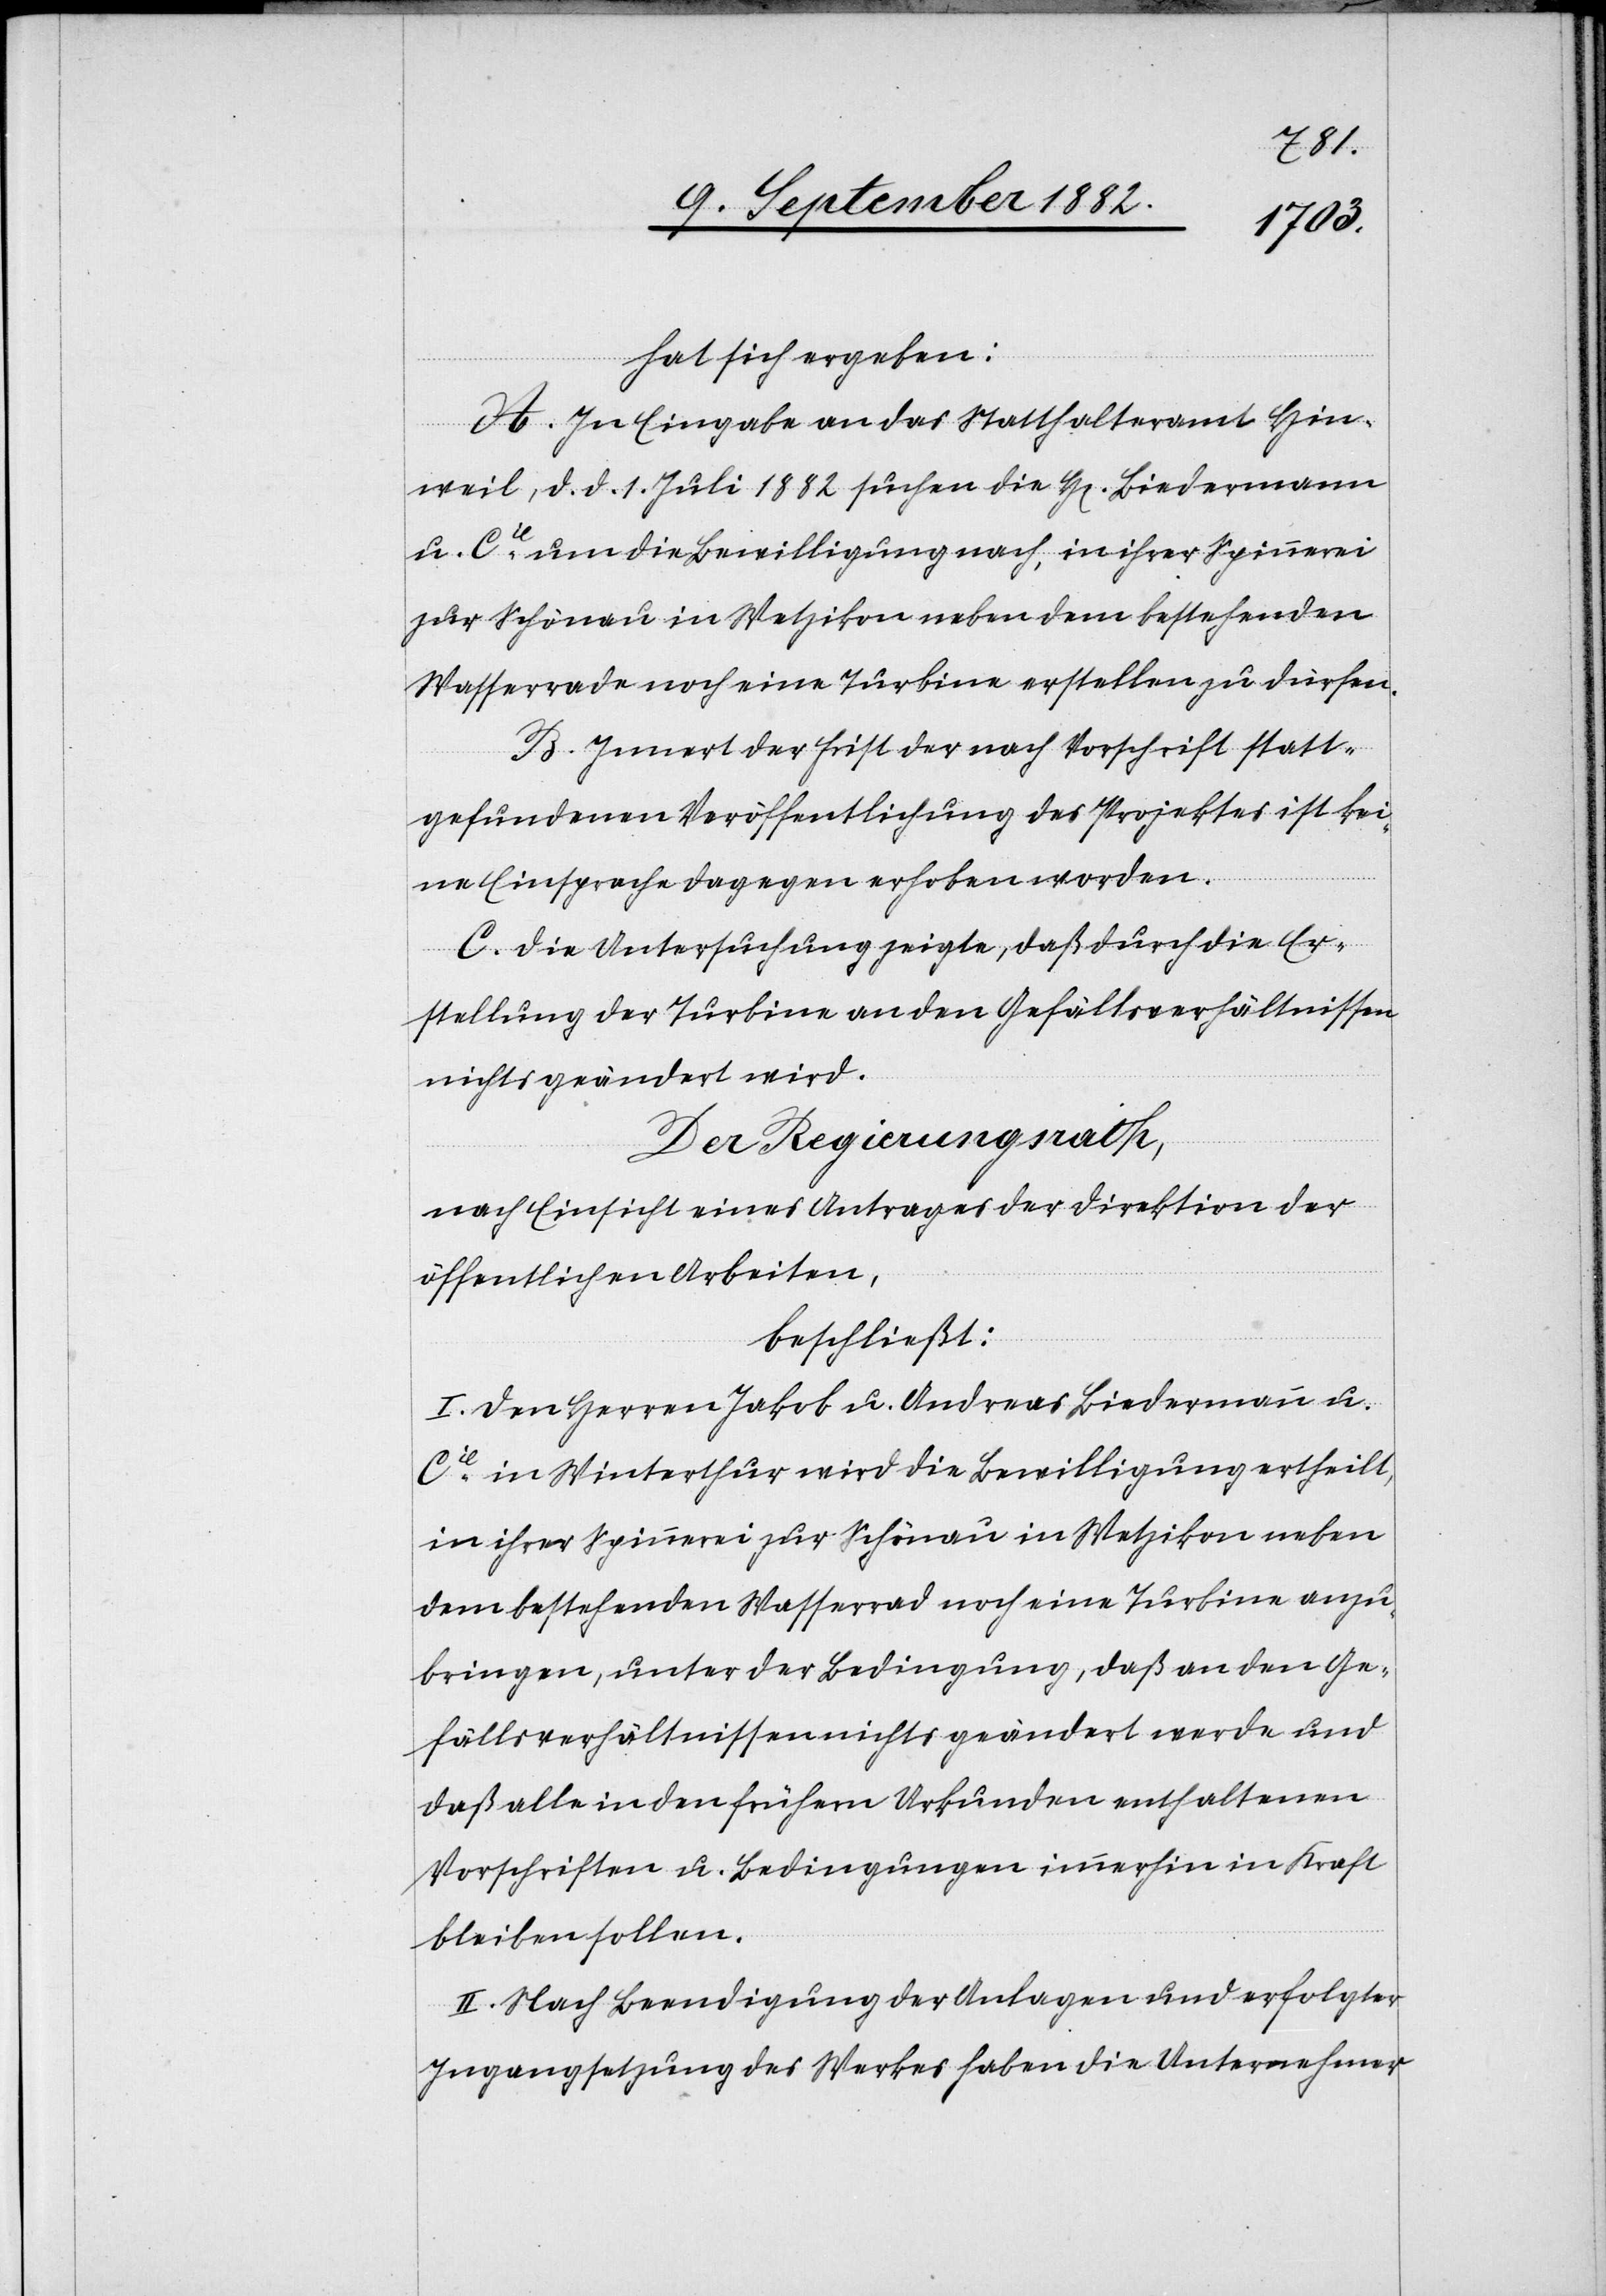
hat sich ergeben:
A. In Eingabe an das Statthalteramt Hin¬
weil, d. d 1. Juli 1882 suchen die H[en] Biedermann
u. Cie um die Bewilligung nach, in ihrer Spinnerei
zur Schönau in Wetzikon neben dem bestehenden
Wasserrade noch eine Turbine erstellen zu dürfen.
B. Innert der Frist der nach Vorschrift statt¬
gefundenen Veröffentlichung des Projektes ist kei¬
ne Einsprache dagegen erhoben worden.
C. Die Untersuchung zeigte, daß durch die Er¬
stellung der Turbine an den Gefällsverhältnissen
nichts geändert wird.
Der Regierungsrath,
nach Einsicht eines Antrages der Direktion der
öffentlichen Arbeiten,
beschließt:
I. Den Herren Jakob u. Andreas Biedermann u.
Cie in Winterthur wird die Bewilligung ertheilt,
in ihrer Spinnerei zur Schönau in Wetzikon neben
dem bestehenden Wasserrad noch eine Turbine anzu¬
bringen, unter der Bedingung, daß an den Ge¬
fällsverhältnissen nichts geändert werde und
daß alle in den frühern Urkunden enthaltenen
Vorschriften u. Bedingungen immerhin in Kraft
bleiben sollen.
II. Nach Beendigung der Anlagen und erfolgter
Ingangsetzung des Werkes haben die Unternehmer